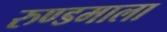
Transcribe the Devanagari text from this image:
रुण्डमाला